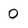
Character: 0